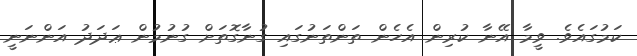
ކަމުގައެވެ. ވީމާ އޭނާ ކުރިން އެހެން ތަންތަނުގައި ގުނާގޮތަށް ގުނުމުން ޢަދަދު އަންނަނީ